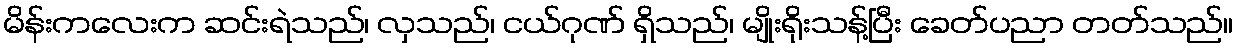
မိန်းကလေးက ဆင်းရဲသည်၊ လှသည်၊ ငယ်ဂုဏ် ရှိသည်၊ မျိုးရိုးသန့်ပြီး ခေတ်ပညာ တတ်သည်။